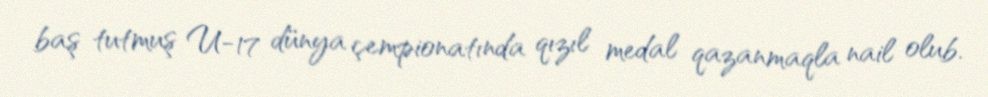
baş tutmuş U-17 dünya çempionatında qızıl medal qazanmaqla nail olub.